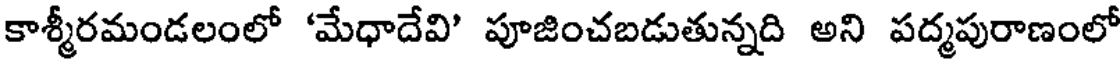
కాశ్మీరమండలంలో 'మేధాదేవి' పూజించబడుతున్నది అని పద్మపురాణంలో